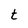
Character: t